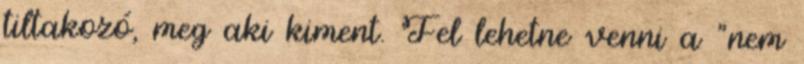
tiltakozó, meg aki kiment. Fel lehetne venni a "nem